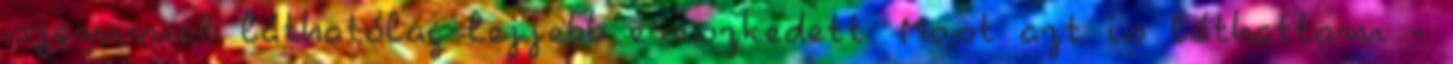
szemmel láthatólag lejjebb ereszkedett. Most azt is láthattam -